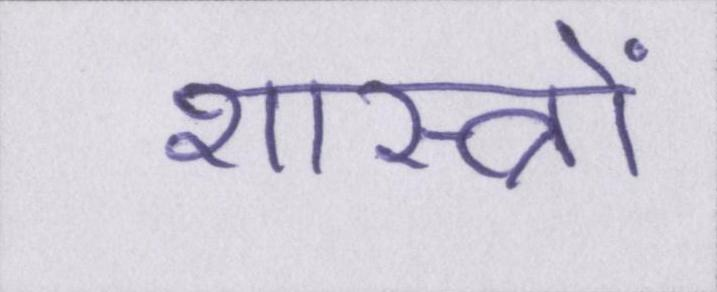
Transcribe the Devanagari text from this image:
शास्त्रों